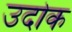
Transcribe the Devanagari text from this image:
उदोक